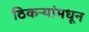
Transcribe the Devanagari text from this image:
ठिकऱ्यांमधून